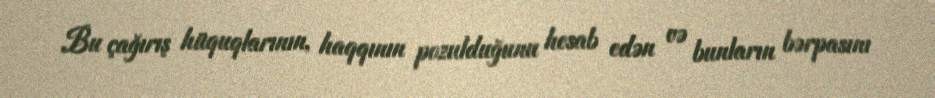
Bu çağırış hüquqlarının, haqqının pozulduğunu hesab edən və bunların bərpasını